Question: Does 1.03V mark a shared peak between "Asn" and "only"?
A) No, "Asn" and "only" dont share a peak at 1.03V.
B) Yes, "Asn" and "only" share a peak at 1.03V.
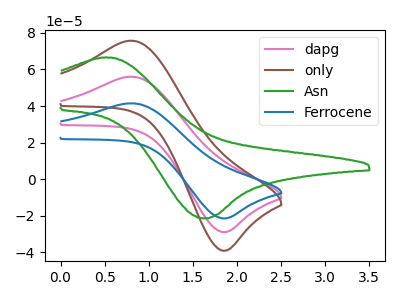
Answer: <think>The pink curve "dapg" has an anodic peak at (0.80V, 56.05uA) and a cathodic peak at (1.85V, -28.90uA). The brown curve "only" has an anodic peak at (0.80V, 112.10uA) and a cathodic peak at (1.85V, -57.80uA). The green curve "Asn" has an anodic peak at (0.50V, 66.60uA) and a cathodic peak at (1.60V, -21.40uA). The blue curve "Ferrocene" has an anodic peak at (0.80V, 41.50uA) and a cathodic peak at (1.85V, -21.40uA).</think>
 <answer>A) No, "Asn" and "only" dont share a peak at 1.03V.</answer>
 <eval>A</eval>